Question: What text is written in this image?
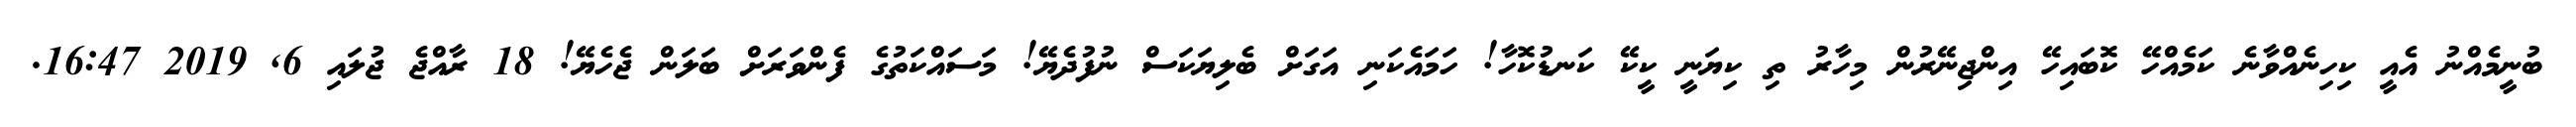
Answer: ބުނީމެއްނު އެއީ ކިހިނެއްވާނެ ކަމެއްހޭ ކޮބައިހޭ އިންޖިނޭރުން މިހާރު ތި ކިޔަނީ ކީކޭ ކަނޑުކޮހާ! ހަމައެކަނި އަގަށް ބެލިޔަކަސް ނުފުދެޔޭ! މަސައްކަތުގެ ފެންވަރަށް ބަލަން ޖެހެޔޭ! 18 ރާއްޖެ ޖުލައި 6, 2019 16:47.